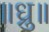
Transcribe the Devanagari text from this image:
॥ध्रु॥